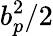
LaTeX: b_{p}^{2}/2